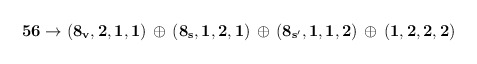
\begin{align*}{\bf 56}\rightarrow {\bf (8_v,2,1,1)\, \oplus \, (8_s,1,2,1)\,\oplus \,(8_{s^\prime},1,1,2)}\, \oplus\, {\bf (1,2,2,2)}\end{align*}